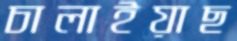
চালাইয়াছ